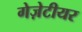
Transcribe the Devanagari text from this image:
गेज़ेटीयर